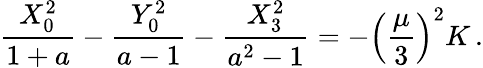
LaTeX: {\frac{X_{0}^{2}}{1+a}}-{\frac{Y_{0}^{2}}{a-1}}-{\frac{X_{3}^{2}}{a^{2}-1}}=-\left({\frac{\mu}{3}}\right)^{2}K\, .